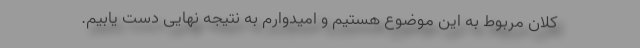
کلان مربوط به این موضوع هستیم و امیدوارم به نتیجه نهایی دست یابیم.